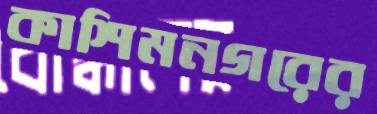
কাশিমনগরের